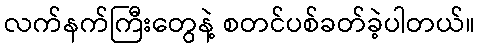
လက်နက်ကြီးတွေနဲ့ စတင်ပစ်ခတ်ခဲ့ပါတယ်။